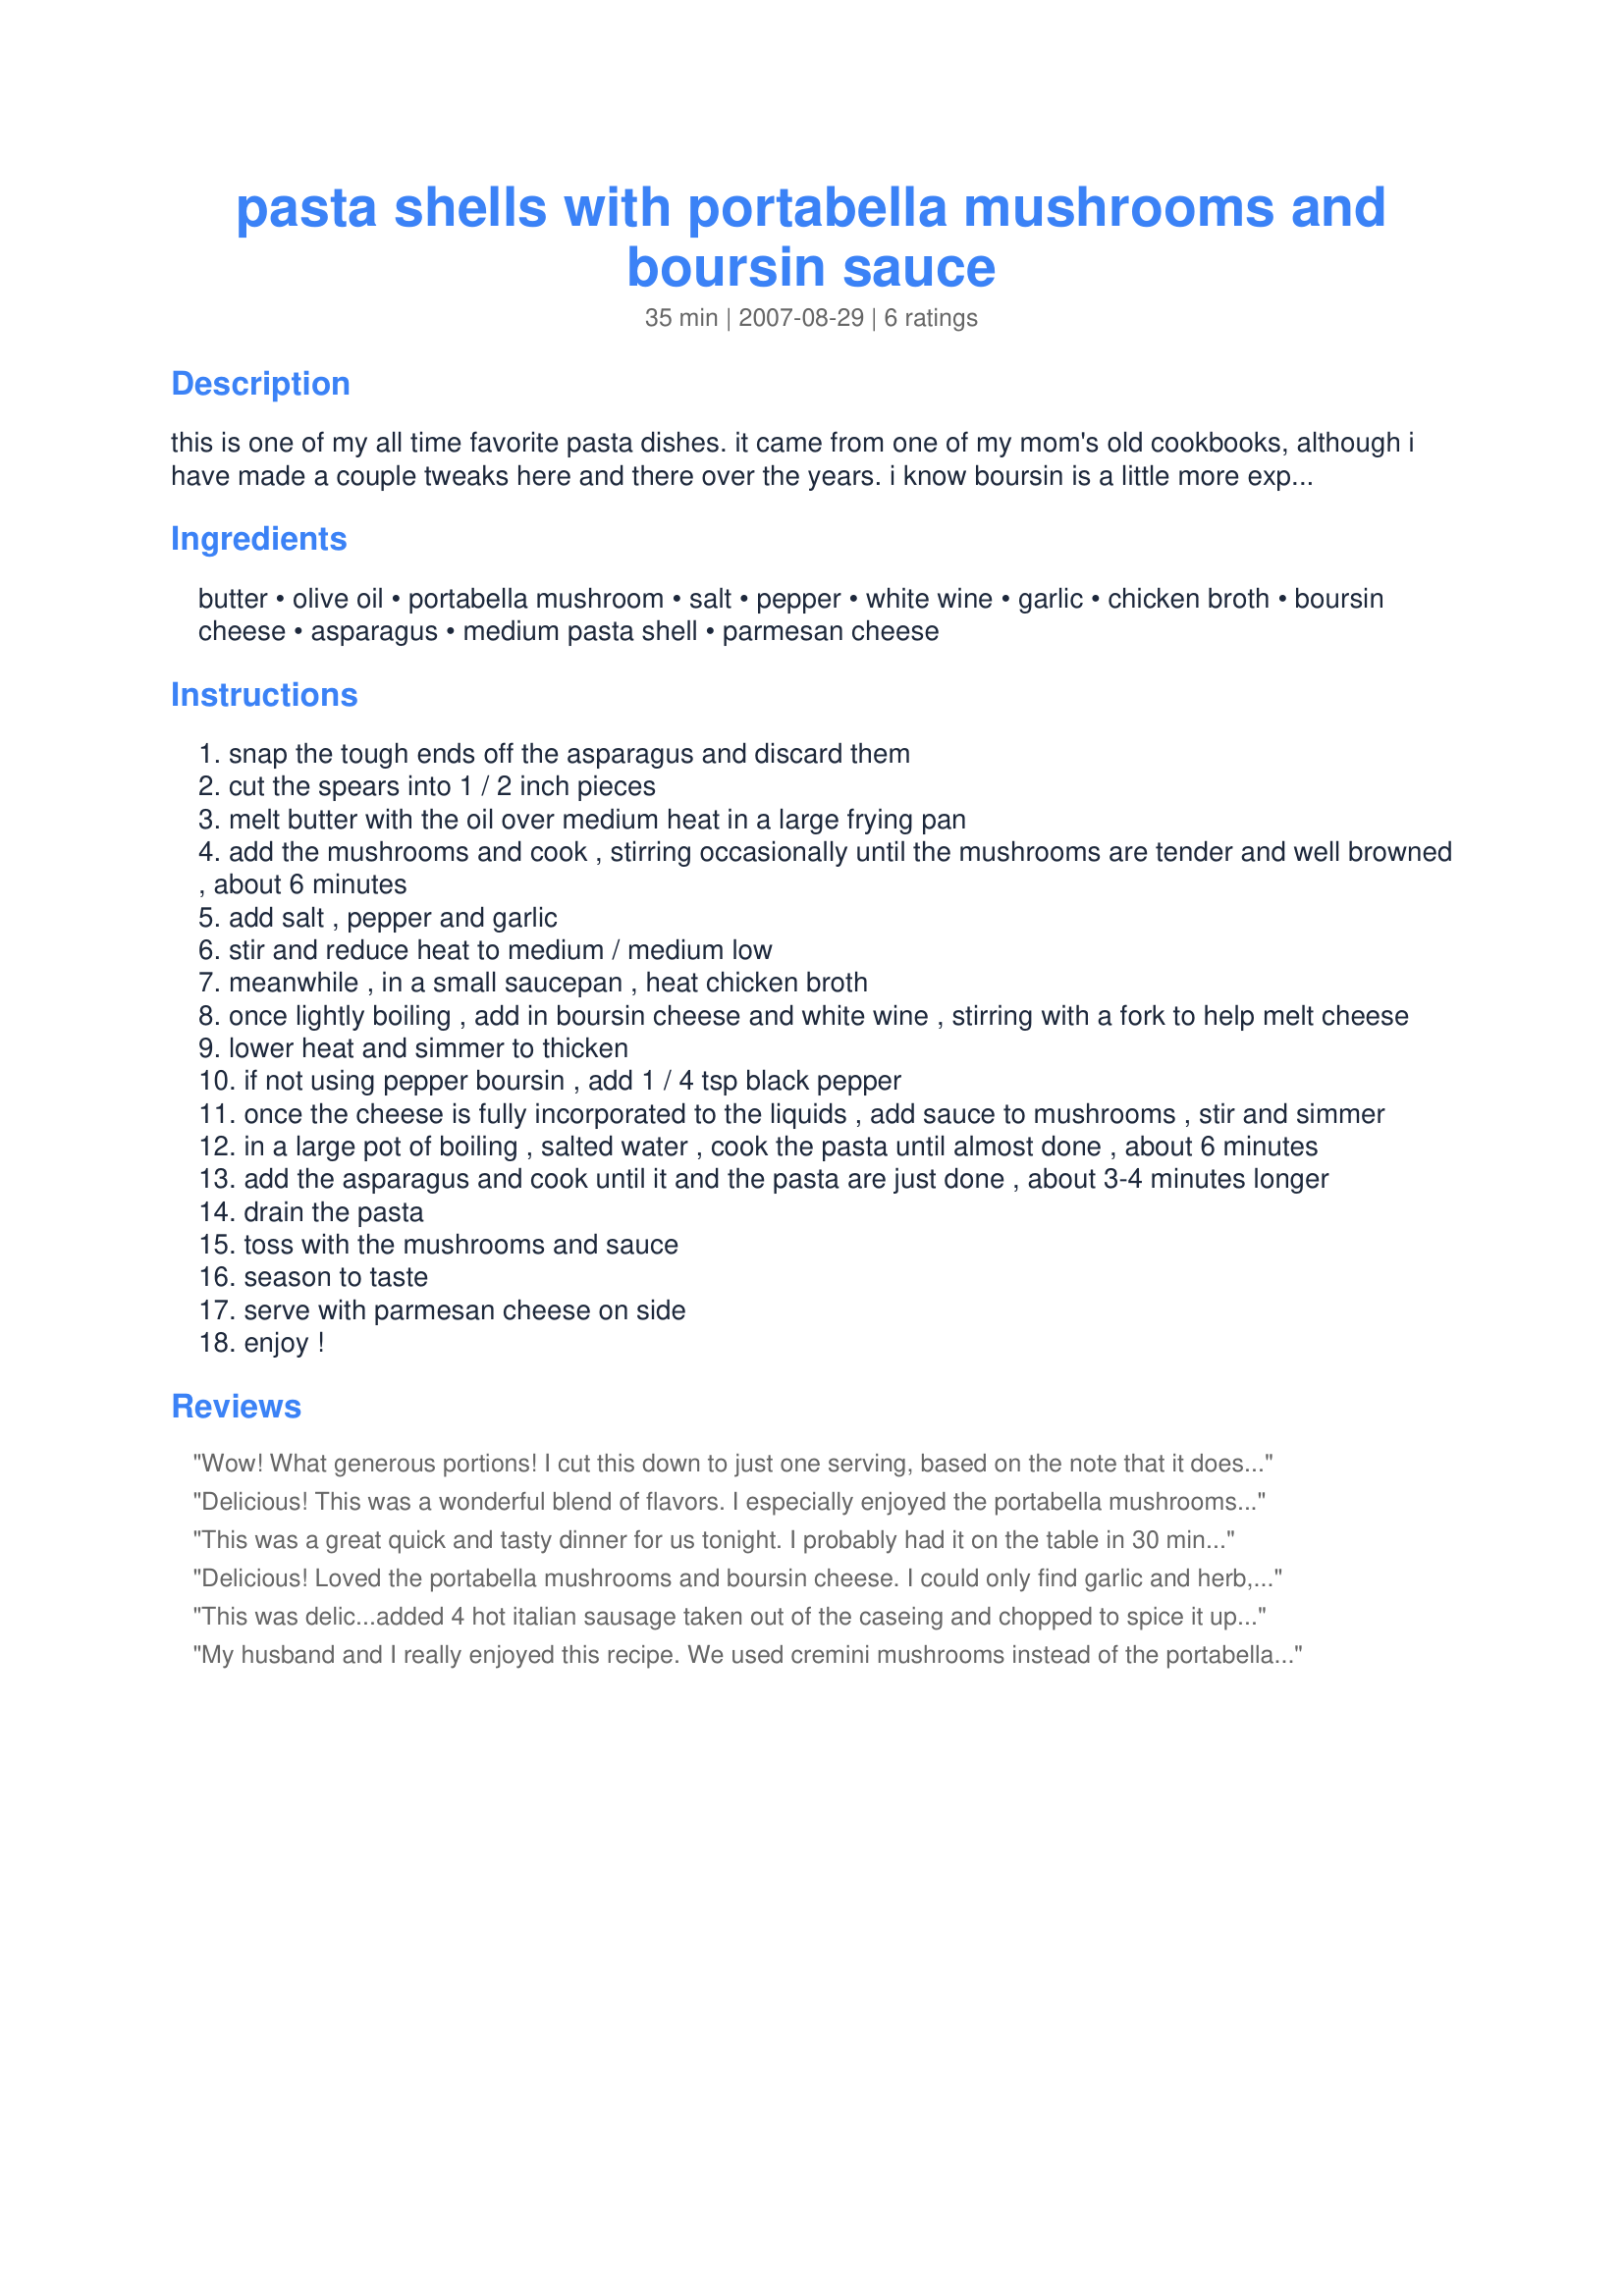
pasta shells with portabella mushrooms and boursin sauce
Preparation time: 35 minutes

this is one of my all time favorite pasta dishes. it came from one of my mom's old cookbooks, although i have made a couple tweaks here and there over the years. i know boursin is a little more expensive but if you can help it, don't use the inexpensive imitation brands. the sauce just won't come out right. i have used the low fat boursin and it works fine. in a pinch, the alouette brand will work, or you can try subbing goat cheese made with garlic and herbs. for a really big meal, add in some chicken, either grilled, rotisserie or just leftover! as a note, this isn't the best dish to reheat so keep that in mind.

Ingredients:
butter, olive oil, portabella mushroom, salt, pepper, white wine, garlic, chicken broth, boursin cheese, asparagus, medium pasta shell, parmesan cheese

Steps:
snap the tough ends off the asparagus and discard them
cut the spears into 1 / 2 inch pieces
melt butter with the oil over medium heat in a large frying pan
add the mushrooms and cook , stirring occasionally until the mushrooms are tender and well browned , about 6 minutes
add salt , pepper and garlic
stir and reduce heat to medium / medium low
meanwhile , in a small saucepan , heat chicken broth
once lightly boiling , add in boursin cheese and white wine , stirring with a fork to help melt cheese
lower heat and simmer to thicken
if not using pepper boursin , add 1 / 4 tsp black pepper
once the cheese is fully incorporated to the liquids , add sauce to mushrooms , stir and simmer
in a large pot of boiling , salted water , cook the pasta until almost done , about 6 minutes
add the asparagus and cook until it and the pasta are just done , about 3-4 minutes longer
drain the pasta
toss with the mushrooms and sauce
season to taste
serve with parmesan cheese on side
enjoy !

Reviews:
Wow! What generous portions! I cut this down to just one serving, based on the note that it doesn't reheat well. I guess I will find out if that is true tomorrow :) This is a lovely pasta dish, and all of the earthy flavors work beautifully together. I couldn't find Boursin, so I used a garlic and herb goat cheese and added extra ground pepper. The sauce was creamy and full of flavor, yet not so thick that it was overly rich. I loved the mushrooms, but I think I will try again when the chanterelles come into season, as this would be a wonderful compliment to their flavor. This came together very easily for me, although having three pans to keep track of might be hard for a novice cook. I'd love to try this with roasted or grilled chicken added, the combination would be wonderful. Thanks for posting a great dish!
Delicious! This was a wonderful blend of flavors. I especially enjoyed the portabella mushrooms in the sauce. I used multigrain pasta, garlic and herb cheese, and asparagus, and omitted the salt and Parmesan. Thanks for sharing!
This was a great quick and tasty dinner for us tonight. I probably had it on the table in 30 minutes. I used pre-sliced baby bella mushrooms, green beans, and pepper boursin. I did have to cook the pasta and bean mixture about 6 minutes to get the beans to a medium crunchy texture. Thanks for posting!
Delicious! Loved the portabella mushrooms and boursin cheese. I could only find garlic and herb, and this still turned out great....I added black pepper. This is so quick and easy to throw together after work, it should be a mainstay in every kitchen! Thanks for sharing. Made for PAC Spring 2011.
This was delic...added 4 hot italian sausage taken out of the caseing and chopped to spice it up...wow
My husband and I really enjoyed this recipe. We used cremini mushrooms instead of the portabella mushrooms. This was super easy to make and we will definitely make it again soon. Thanks for posting!
